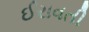
ઈરાવતી